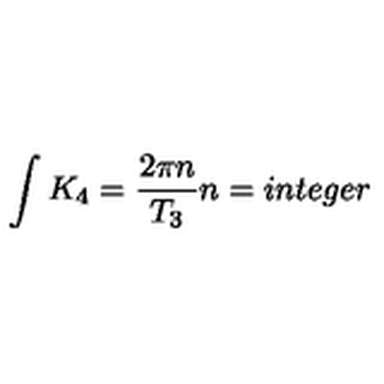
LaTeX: \int K _ { 4 } = { \frac { 2 \pi n } { T _ { 3 } } } n = i n t e g e r